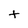
Character: t